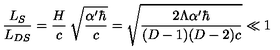
\frac { L _ { S } } { L _ { D S } } = \frac { H } { c } \: \sqrt { \frac { \alpha ^ { \prime } \hbar } { c } } = \sqrt { \frac { 2 \Lambda \alpha ^ { \prime } \hbar } { ( D - 1 ) ( D - 2 ) c } } \ll 1